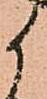
候